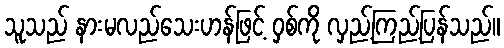
သူသည် နားမလည်သေးဟန်ဖြင့် ဝှစ်ကို လှည့်ကြည့်ပြန်သည်။